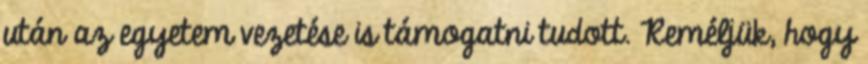
után az egyetem vezetése is támogatni tudott. Reméljük, hogy